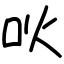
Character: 吙